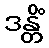
ဒန္တိံ